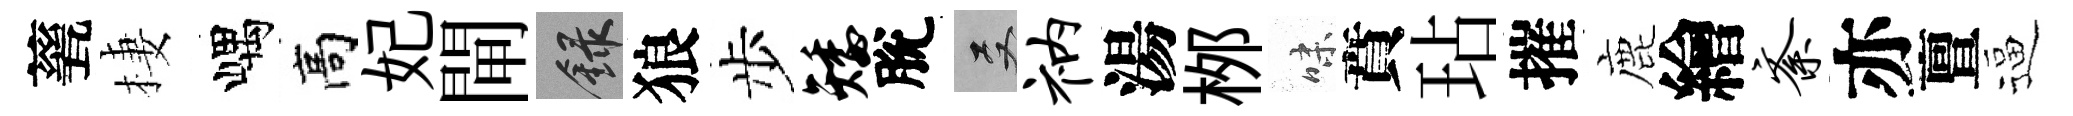
甆棲嵎高妃閘録狼步矮脫双衲湯桞味賁玷摧鹿繪紊亦亶逼